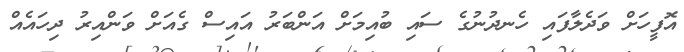
އޮފީހަށް ވަދެލާފައި ހެނދުނުގެ ސައި ބުއިމަށް އަންބަރު އައިސް ގެއަށް ވަންއިރު ދިހައެއް